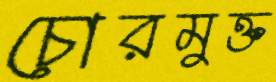
চোরমুক্ত